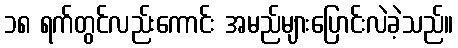
၁၈ ရက်တွင်လည်းကောင်း အမည်များပြောင်းလဲခဲ့သည်။